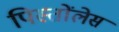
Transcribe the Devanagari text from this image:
पिस्तोंलेस